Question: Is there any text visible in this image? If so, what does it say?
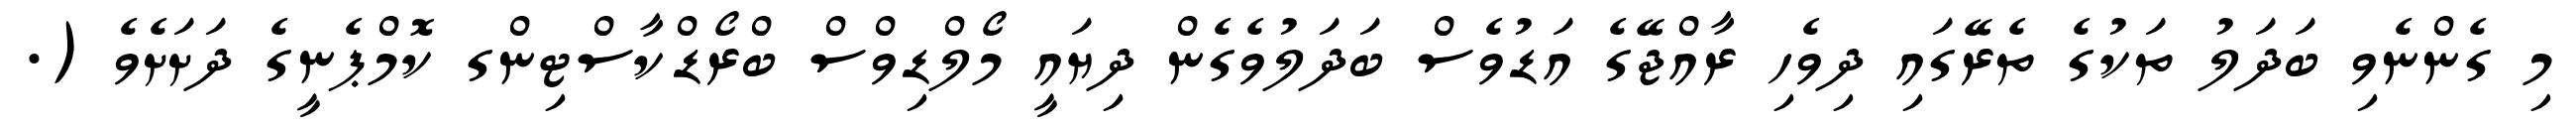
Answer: މި ގެންނެވި ބަދަލު ތަކުގެ ތެރޭގައި ދިވެހި ރާއްޖޭގެ އަޑުވެސް ބަދަލުވެގެން ދިޔައީ މޯލްޑިވްސް ބްރޯޑްކާސްޓިންގ ކޮމްޕެނީގެ ދަށަށެވެ (.